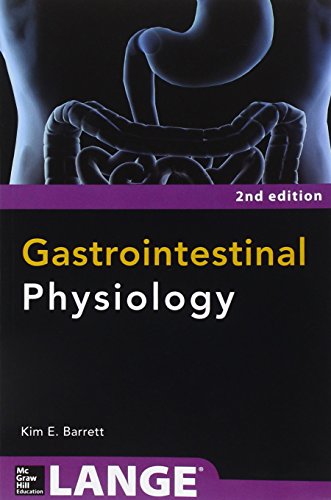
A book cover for Gastrointestinal Physiology 2/E (Lange Medical Books); Kim Barrett; Medical Books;